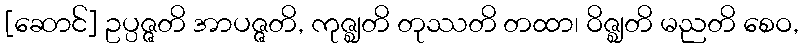
[ဆောင်] ဥပ္ပဇ္ဇတိ အာပဇ္ဇတိ, ကုဇ္ဈတိ တုဿတိ တထာ၊ ဝိဇ္ဈတိ မညတိ စေဝ,